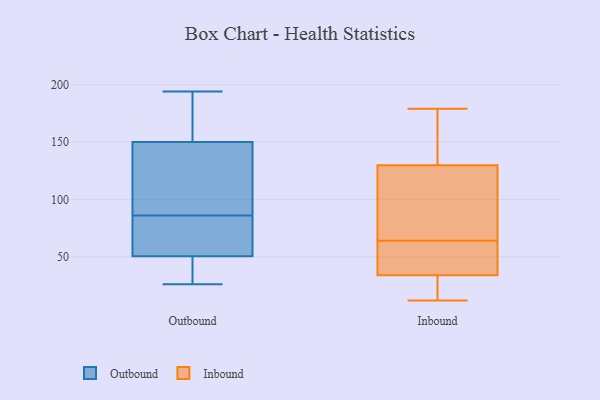
{"axis": {"x": "Energy Usage (MWh)", "y": "Value"}, "legend": ["Inbound", "Outbound"], "data": [{"x": "", "y": 89, "type": "Outbound"}, {"x": "", "y": 66, "type": "Outbound"}, {"x": "", "y": 48, "type": "Outbound"}, {"x": "", "y": 150, "type": "Outbound"}, {"x": "", "y": 83, "type": "Outbound"}, {"x": "", "y": 149, "type": "Outbound"}, {"x": "", "y": 26, "type": "Outbound"}, {"x": "", "y": 194, "type": "Outbound"}, {"x": "", "y": 81, "type": "Outbound"}, {"x": "", "y": 98, "type": "Outbound"}, {"x": "", "y": 32, "type": "Outbound"}, {"x": "", "y": 177, "type": "Outbound"}, {"x": "", "y": 43, "type": "Outbound"}, {"x": "", "y": 53, "type": "Outbound"}, {"x": "", "y": 181, "type": "Outbound"}, {"x": "", "y": 150, "type": "Outbound"}, {"x": "", "y": 64, "type": "Inbound"}, {"x": "", "y": 102, "type": "Inbound"}, {"x": "", "y": 12, "type": "Inbound"}, {"x": "", "y": 179, "type": "Inbound"}, {"x": "", "y": 62, "type": "Inbound"}, {"x": "", "y": 14, "type": "Inbound"}, {"x": "", "y": 34, "type": "Inbound"}, {"x": "", "y": 108, "type": "Inbound"}, {"x": "", "y": 132, "type": "Inbound"}, {"x": "", "y": 34, "type": "Inbound"}, {"x": "", "y": 24, "type": "Inbound"}, {"x": "", "y": 136, "type": "Inbound"}, {"x": "", "y": 49, "type": "Inbound"}, {"x": "", "y": 129, "type": "Inbound"}, {"x": "", "y": 76, "type": "Inbound"}, {"x": "", "y": 45, "type": "Inbound"}, {"x": "", "y": 170, "type": "Inbound"}]}